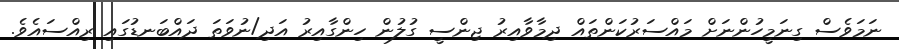
ނަމަވެސް ގިނަމީހުންނަށް މައްސަރުކަންތައް ދިމާވާއިރު ޖިންސީ ގުލުން ހިންގާއިރު އަދި/ނުވަތަ ދައްބަނޑުގައި ރިއްސައެވެ.